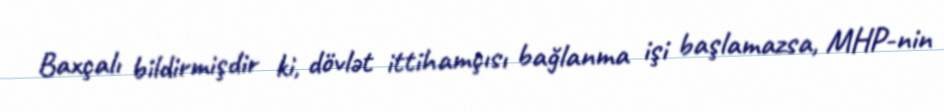
Baxçalı bildirmişdir ki, dövlət ittihamçısı bağlanma işi başlamazsa, MHP-nin